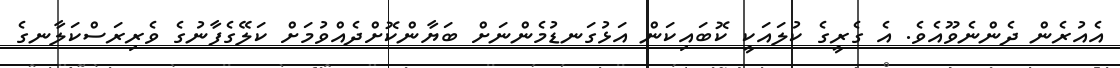
އެއުރެން ދެންނެވޫއެވެ. އެ ގެރީގެ ކުލައަކީ ކޮބައިކަން އަޅުގަނޑުމެންނަށް ބަޔާންކޮށްދެއްވުމަށް ކަލޭގެފާނުގެ ވެރިރަސްކަލާނގެ